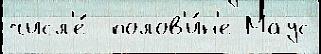
числ'е́  полов'и́н'е Маус